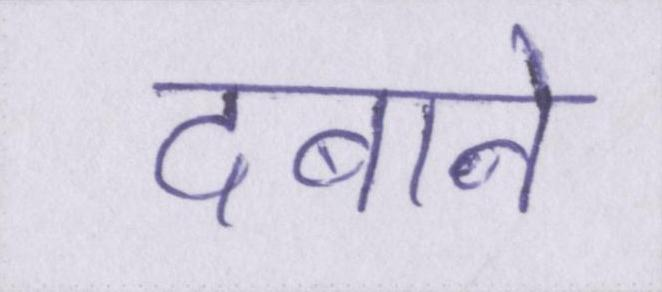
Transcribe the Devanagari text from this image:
दबाने